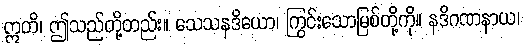
ဣတိ၊ ဤသည်တို့တည်း။ သေသနဒိယော၊ ကြွင်းသောမြစ်တို့ကို။ နဒိဂဏနာယ၊